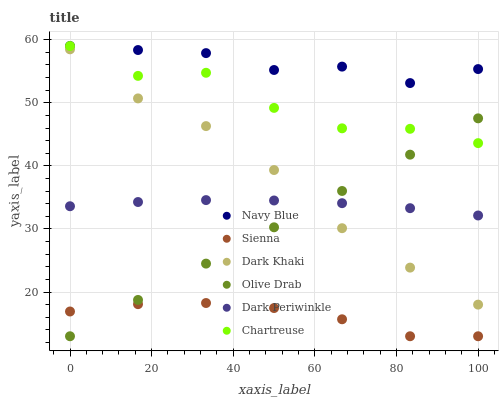
| xaxis_label | Navy Blue | Sienna | Dark Khaki | Olive Drab | Dark Periwinkle | Chartreuse |
 | --- | --- | --- | --- | --- | --- | --- |
 | 0 | 59 | 16.9 | 58.5 | 13 | 33.6 | 59 |
 | 16.7 | 58.4 | 18.1 | 50.7 | 18.8 | 34.3 | 54.3 |
 | 33.3 | 57.9 | 18.3 | 46.3 | 24.5 | 34.6 | 54.8 |
 | 50 | 55.2 | 17.5 | 39.3 | 30.3 | 34.5 | 49.2 |
 | 66.7 | 55.7 | 15.7 | 30.1 | 36 | 34.1 | 46 |
 | 83.3 | 53.1 | 13 | 23.9 | 41.8 | 33.3 | 45.9 |
 | 100 | 55.3 | 13 | 18 | 47.5 | 32.1 | 43.6 |